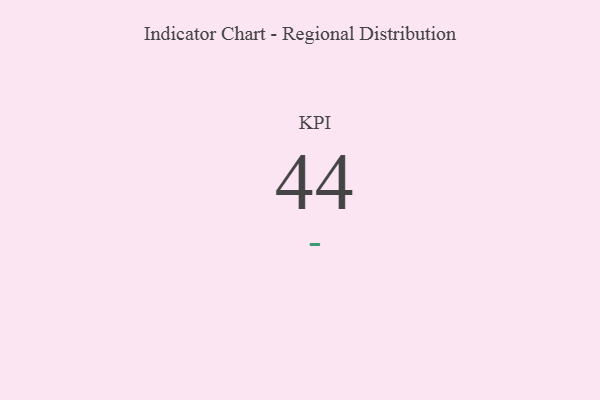
{"axis": {"x": "KPI", "y": "Value"}, "legend": [""], "data": [{"x": "KPI", "y": 44, "type": ""}]}